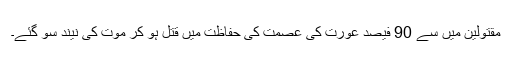
مقتولین میں سے 90 فیصد عورت کی عصمت کی حفاظت میں قتل ہو کر موت کی نیند سو گئے۔